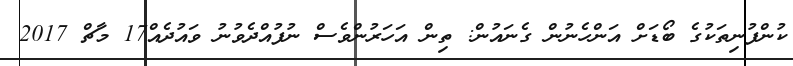
ކުންފުނިތަކުގެ ބޯޑަށް އަންހެނުން ގެނައުން: ތިން އަހަރުންވެސް ނުފުއްދެވުނު ވައުދެއް17 މާޗް 2017